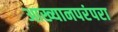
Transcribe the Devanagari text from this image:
आख्यानपरंपरा